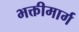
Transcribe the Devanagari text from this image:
भक्तीमार्ग